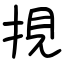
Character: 挸